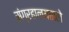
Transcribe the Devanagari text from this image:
संग्रहालयातले